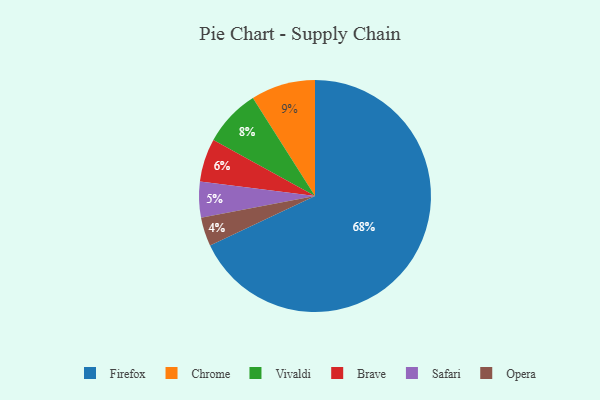
{"axis": {"x": "Category", "y": "Percentage"}, "legend": ["Brave", "Chrome", "Firefox", "Opera", "Safari", "Vivaldi"], "data": [{"x": "Brave", "y": 6, "type": "Brave"}, {"x": "Safari", "y": 5, "type": "Safari"}, {"x": "Opera", "y": 4, "type": "Opera"}, {"x": "Chrome", "y": 9, "type": "Chrome"}, {"x": "Vivaldi", "y": 8, "type": "Vivaldi"}, {"x": "Firefox", "y": 68, "type": "Firefox"}]}